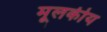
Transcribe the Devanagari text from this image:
मूलकीय